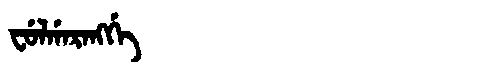
Manchu: ᠸᡠᠯᡤᠠᡵᠠᠩᡤᡝ
Romanization: FULGARANGGE